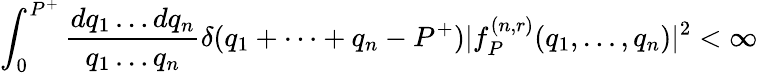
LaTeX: \int_{0}^{P^{+}}{\frac{dq_{1}\dots dq_{n}}{q_{1}\dots q_{n}}}\delta(q_{1}+\cdots+q_{n}-P^{+})|f_{P}^{(n,r)}(q_{1},\dots,q_{n})|^{2}<\infty